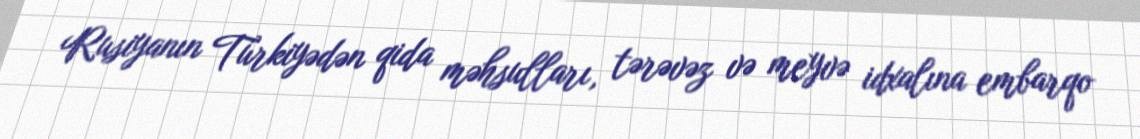
Rusiyanın Türkiyədən qida məhsulları, tərəvəz və meyvə idxalına embarqo